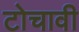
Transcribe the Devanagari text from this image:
टोचावी